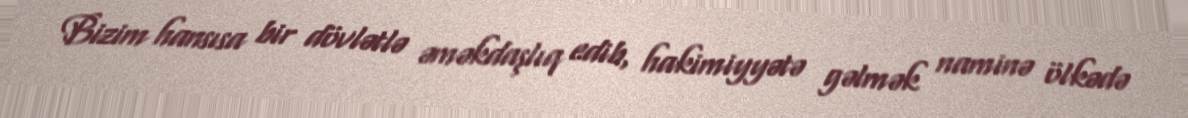
Bizim hansısa bir dövlətlə əməkdaşlıq edib, hakimiyyətə gəlmək naminə ölkədə